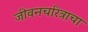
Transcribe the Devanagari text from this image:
जीवनचरित्राचा